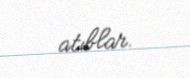
atıblar.